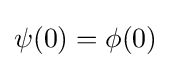
\psi (0)=\phi (0)